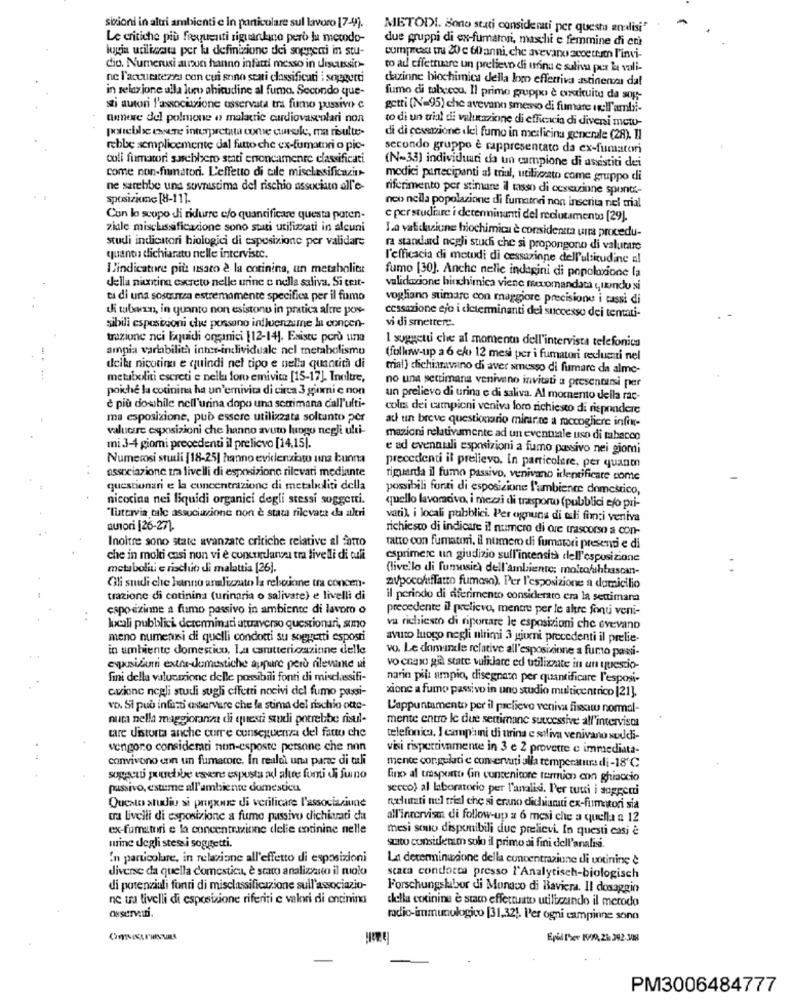
sizioni in altri ambienti e in particolare sul lavoro [7-4).
METODI. Sono stati considerati per questa analisi"
Le critiche più frequenti riguardano però la metodo-
due gruppi di ex-fumatori, maschi e femmine di co
login utilizada per la definizione dei soggetti in stu-
cumpreact tu 20 c 60 anni, che avevano accetto l'invi-
dio. Numerusi ausuri hanno infatti messo in discussin-
to ad effettuare un prelievo di urna e saliva per la vali-
ne l'accuratezza con cui sono stati classificati i soggetti
dazione biochimica della logo effettiva astinenza dal
in relazione alla luro phicudine al fumo. Secondo que-
fumo di tabecou. Il primo gruppo è ensuite da sog-
sti autori l'associazione osservata tra fumo passivo e
getti (N=95) che avevano smesso di fumare in:Il'ambi-
annexe del polmone o malattie cardiovascolari non
parebbe essere interpretata come courssk, ma risultes-
to di un trial di valutazione di efficacia di diveni metu-
di di cessione ilel fumo in medicina generale (28). Il
rebbe semplicemente dal fatto che ex-fumatori o pic-
secondo gruppo è rappresentato da ex-fumatori
coll fumatori sarebbero stati erroneamente classificati
come non-fumatori. L'effetto di cile misclassificazit-
(N-33) individuuri da un campione di assistiti dei
modici partecipanti al trial, utilizzato come gruppo di
ne sarebbe una sovrastima del rischio associato all'e-
riferimento per stimane il tasso di cessazione spunti-
sposizione [8-11].
noo nella popolazione di fumatori non inscrita nel mial
Con lo scopo di ridurre c/o quantificare questa poten-
e perstudiare i determinanti del reclutamento [29).
ziale misclassificazione sono stati utilizzati in alcuni
studi indicatori biologici di esposizione per validare
La validazione biochimica è considerata urra procedu-
ra standard negli stuchi che si propongono di valutare
quanta dichiarato nelle interviste.
l'efficacia di metodi di cessazione dell'ulsicudine al
L'indicatore più usato è la cotinina, un metabolitt
della nicotina escreto nelle urine c nella saliva. Si ceit-
fumo [30]. Anche nelle indagini di popolazione la
validazione binchimica viene meomandat quando si
ta di una sosturza estremamente specifica per il fumo
vogliano stimare con maggiore precisione i tassi di
di taban, in quanto non esistono in pratica altre pos-
cessazione ejo i determinanti del successo dei tentati-
ssibili esposizioni che possano influenzsme la concen-
vi di smettere.
trazione nei liquidi organici [12-14). Existe perù una
ampia variabilità inter-individuale nel metabolismo
1 suggetu che al momento dell'intervista telefonica
(follow-up a 6 elo 12 mesi per i fumatori reclucati nel
deikr nicotina e quindi nel tipo e nella quantità di
mal) dichiamavano di aver smesso di fumare da alme-
metaboliti escreti e nella loro emivita [15-17]. Inoltre,
poiche la cotinina ha un'emivita di circa 3 ginmi e non
no una settimana venivano invitati a presentarsi per
un prelievo di urina e di saliva. Al momento della rac-
è più dossbile nell'urina dopo una setimana dall'ulti-
coles dei campioni veniva loro richiesto di rispondere
ma esposizione, può essere utilizzata soltanto per
atl un breve questionario mirarme a mccogliere infor-
valucare esposizioni che hanno avuto luogo negli ulti-
mazioni relativamente ad un eventuale uso di tabacco
mi 3-4 giomi precedenti il prelievo [14,15).
e ad evenatali esposizioni a fumo passivo nei giorni
Numerosi studi [18-25] hanno evidenziato una bunna
associazione tra livelli di esposizione rilevati mediante
precedenti il prelievo. In particolare, per quanto
riguarda il fumo passivo, venivano identificare come
questiunani e la concentrazione di metaboliti della
possibili fonti di esposizione l'ambiente domestico,
nicocina nei liquidi organici degli stessi soggetti.
"Tuttavia talc associazione non è stata rilevata da altri
quello lavorativo, i mezi di trasporto (pubblici e/o pri-
vati). i locali pubblici. Per ognuna di ali fici veniva
autori [26-27).
richiesto di indicare il numero di ore trascorso a con-
Inoltre sono state avanzate critiche relative al fatto
tatto con fumatori, il numero di fumatori presenti e di
che in molti casi non vi è concurlanza tra livelli di ali
esprimere un giudizio sull'intensità dell'esposizione
metaboliti e rischio di malattia [26].
(livello di fumosie) dell'ambiente: molto/hbascan-
Gli studi che hanno analizzato la rebtione tra concen-
avpoco/affatto fumasa). Per l'esposizione a domicilio
trazione di cotinina (urinaria o salivare) e livelli di
il periodo di diferimento considerato era la settimana
esposizione a fumo passivo in ambiente di lavoro o
precedente il prelievo, mentre per le altre fonti veni-
locali pubblici determinati attraverso questionari, sumo
va richiesto di riportare le esposizioni che evevano
meno numerusi di quelli condotti su soggetti esposti
avuto luogo negli nirimi 3 giorni precedenti il prelie-
in ambiente domestico, La carttericazione delle
vo. Le domande relative all'esposizione a furno passi-
enksizum extra-domestiche aufure però rilevante vi
vo craso gal state validare ed utilizzate in un questio-
fini della valucmione delle possibili fonti di misclassifi-
narin più ampio, disegnato per quantificare l'esposi-
awine negli studi sugli effetti nocivi del fumo passi-
zione a fumo passivo in uno studio multicentrico [21].
vo. Si può infatti osservare che la stima del rischio oute-
L'appuntamento per il prelievo veniva fissiw normal-
numa nella maggioranza di questi suudi potrebbe risul-
mente entro le due settimane successive all'intervista
tare distorta anche corre conseguenza del fatto che
telefonica, I campimi di urina e saliva venivano suddi-
vengono considerati non-esposte persone che non
visi rispettivamente in 3 e 2 provette e immediata-
convivono enn un fumacore. In realdi una parte di tali
mente congelati e conservati alla temperatura di -18 ℃
soppcui potrebbe eavons esposta ul altre fonti di funo
fino al trasporto Gin contenitore termion con ghiaccio
passivo, estme all'ambiente domestico.
secco) al laboratorio per l'analisi. P'er tutti i soggetti
Questo studiu si propone di verificare l'associaziune
recurti nul trial che si erano dichiamuti ex-fumatori sia
cra livelli di esposizione a fume passivo dichiarati da
all'intervista di follow-up a 6 mesi che a quella a 12
ex-fumatori e la concentrazione delie entinine nelle
mesi sono disponibili due prelievi. In questi casi è
urine degli stessi soggetti.
gato consilenun solo il primo ai fini dell'analisi
In particolare, in relazione all'effetto di esposizioni
La determinazione della concentrazione di votining è
diverse da quella domestica, è stato analizzato il ruolo
scata condocca presso l'Analytisch-biologisch
di potenziali fonti di misclassificazione sull'associazio-
Forschungslabor di Monaco di Baviera. Il dosaggio
nc tra tivelli di esposizione riferiti e valori di entinina
della concinine è stato effettuato utilizzando il merodo
osservatti
radio-immunologico [31,32). Per ogni campione sono
Epil Ther KVA, 21: 342-38
PM3006484777